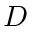
D